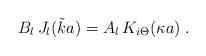
LaTeX: \begin{align*}B_{l} \, J_{l} ({\tilde k} a )= A_{l} \, K_{i \Theta} (\kappa a)\; .\end{align*}